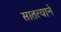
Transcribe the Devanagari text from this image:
सातत्‍याने